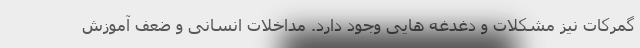
گمرکات نیز مشکلات و دغدغه هایی وجود دارد. مداخلات انسانی و ضعف آموزش